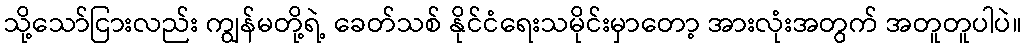
သို့သော်ငြားလည်း ကျွန်မတို့ရဲ့ ခေတ်သစ် နိုင်ငံရေးသမိုင်းမှာတော့ အားလုံးအတွက် အတူတူပါပဲ။